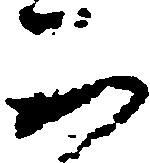
不